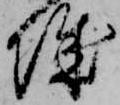
城